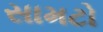
સામટો